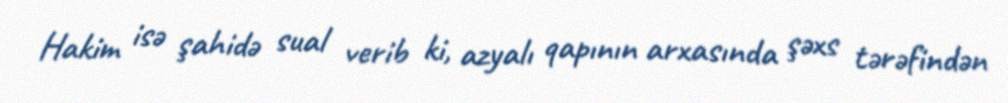
Hakim isə şahidə sual verib ki, azyalı qapının arxasında şəxs tərəfindən